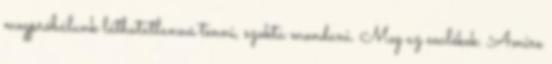
megpróbálunk láthatatlanná tenni, szokta mondani. Meg az emlékek. Amire